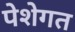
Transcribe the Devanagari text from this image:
पेशेगत